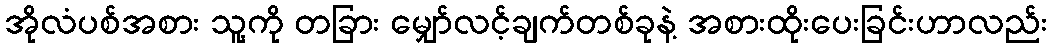
အိုလံပစ်အစား သူ့ကို တခြား မျှော်လင့်ချက်တစ်ခုနဲ့ အစားထိုးပေးခြင်းဟာလည်း